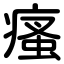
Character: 瘙